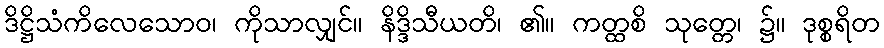
ဒိဋ္ဌိသံကိလေသောဝ၊ ကိုသာလျှင်။ နိဒ္ဒိသီယတိ၊ ၏။ ကတ္ထစိ သုတ္တေ၊ ၌။ ဒုစ္စရိတ